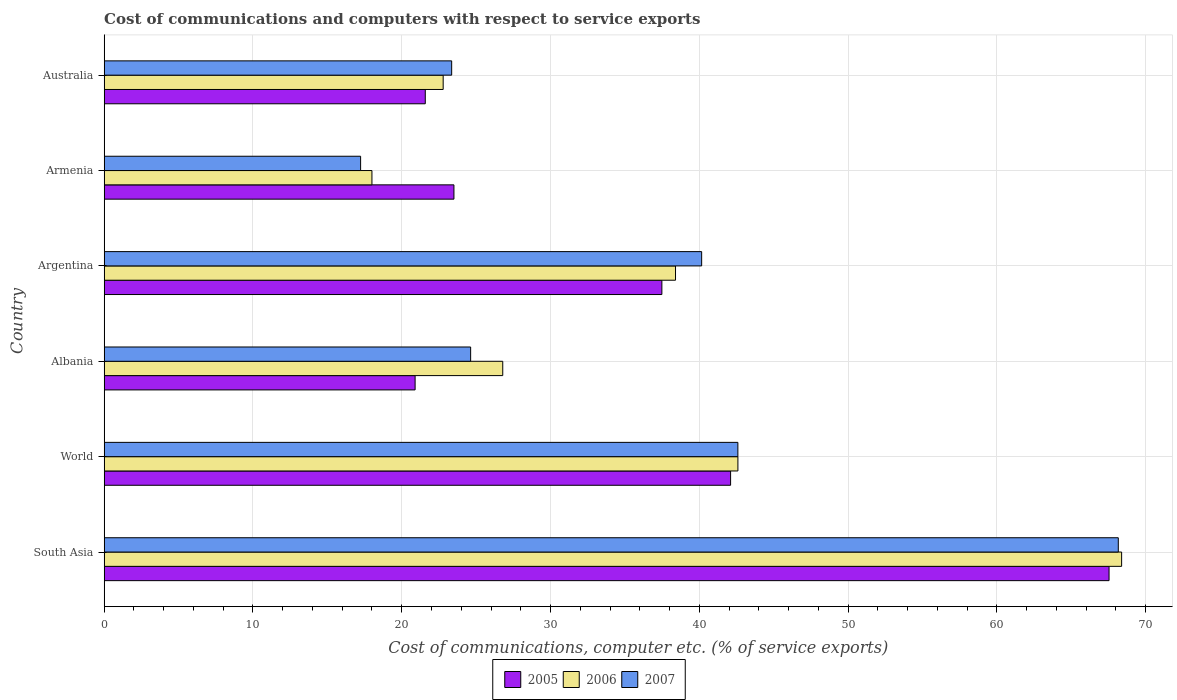
| Country | 2005 | 2006 | 2007 |
 | --- | --- | --- | --- |
 | South Asia | 67.5 | 68.4 | 68.2 |
 | World | 42.1 | 42.6 | 42.6 |
 | Albania | 20.9 | 26.8 | 24.6 |
 | Argentina | 37.5 | 38.4 | 40.2 |
 | Armenia | 23.5 | 18 | 17.2 |
 | Australia | 21.6 | 22.8 | 23.4 |